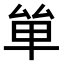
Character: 𠫹